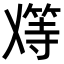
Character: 𬼑